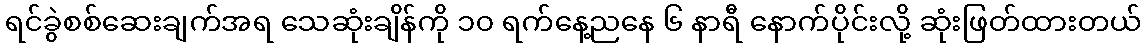
ရင်ခွဲစစ်ဆေးချက်အရ သေဆုံးချိန်ကို ၁၀ ရက်နေ့ညနေ ၆ နာရီ နောက်ပိုင်းလို့ ဆုံးဖြတ်ထားတယ်